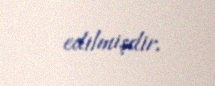
edilmişdir.